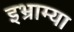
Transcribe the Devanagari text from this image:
इभ्राम्या